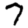
Digit: 7